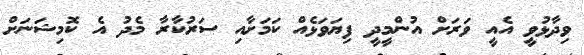
ވިދާޅުވީ އެއީ ވަރަށް އުންމީދީ ފިޔަވަޅެއް ކަމަށާއި ސަރުކާރާ މެދު އެ ކޮމިޝަނަށް